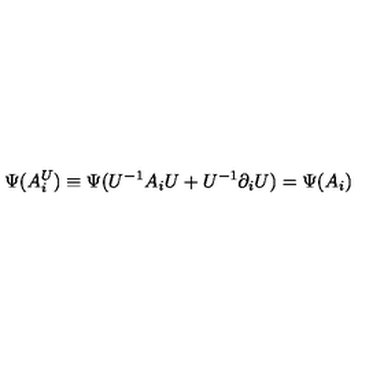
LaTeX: \Psi ( A _ { i } ^ { U } ) \equiv \Psi ( U ^ { - 1 } A _ { i } U + U ^ { - 1 } \partial _ { i } U ) = \Psi ( A _ { i } )